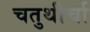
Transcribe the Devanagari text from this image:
चतुथीर्चा